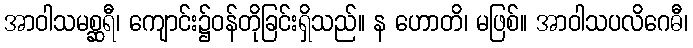
အာဝါသမစ္ဆရီ၊ ကျောင်း၌ဝန်တိုခြင်းရှိသည်။ န ဟောတိ၊ မဖြစ်။ အာဝါသပလိဂေဓီ၊